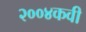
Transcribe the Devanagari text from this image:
२००४कवी